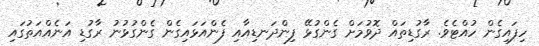
ހިފައިގެން ހުއްޓެވެ. ރާގުޑިތައް ދޮވުމަށް ގެންގުޅޭ ފިންދަނޑިއާއި ފެންއަޅައިގެން ގެންގުޅުނު ރާގުޑި އަނެއްއަތުގައި